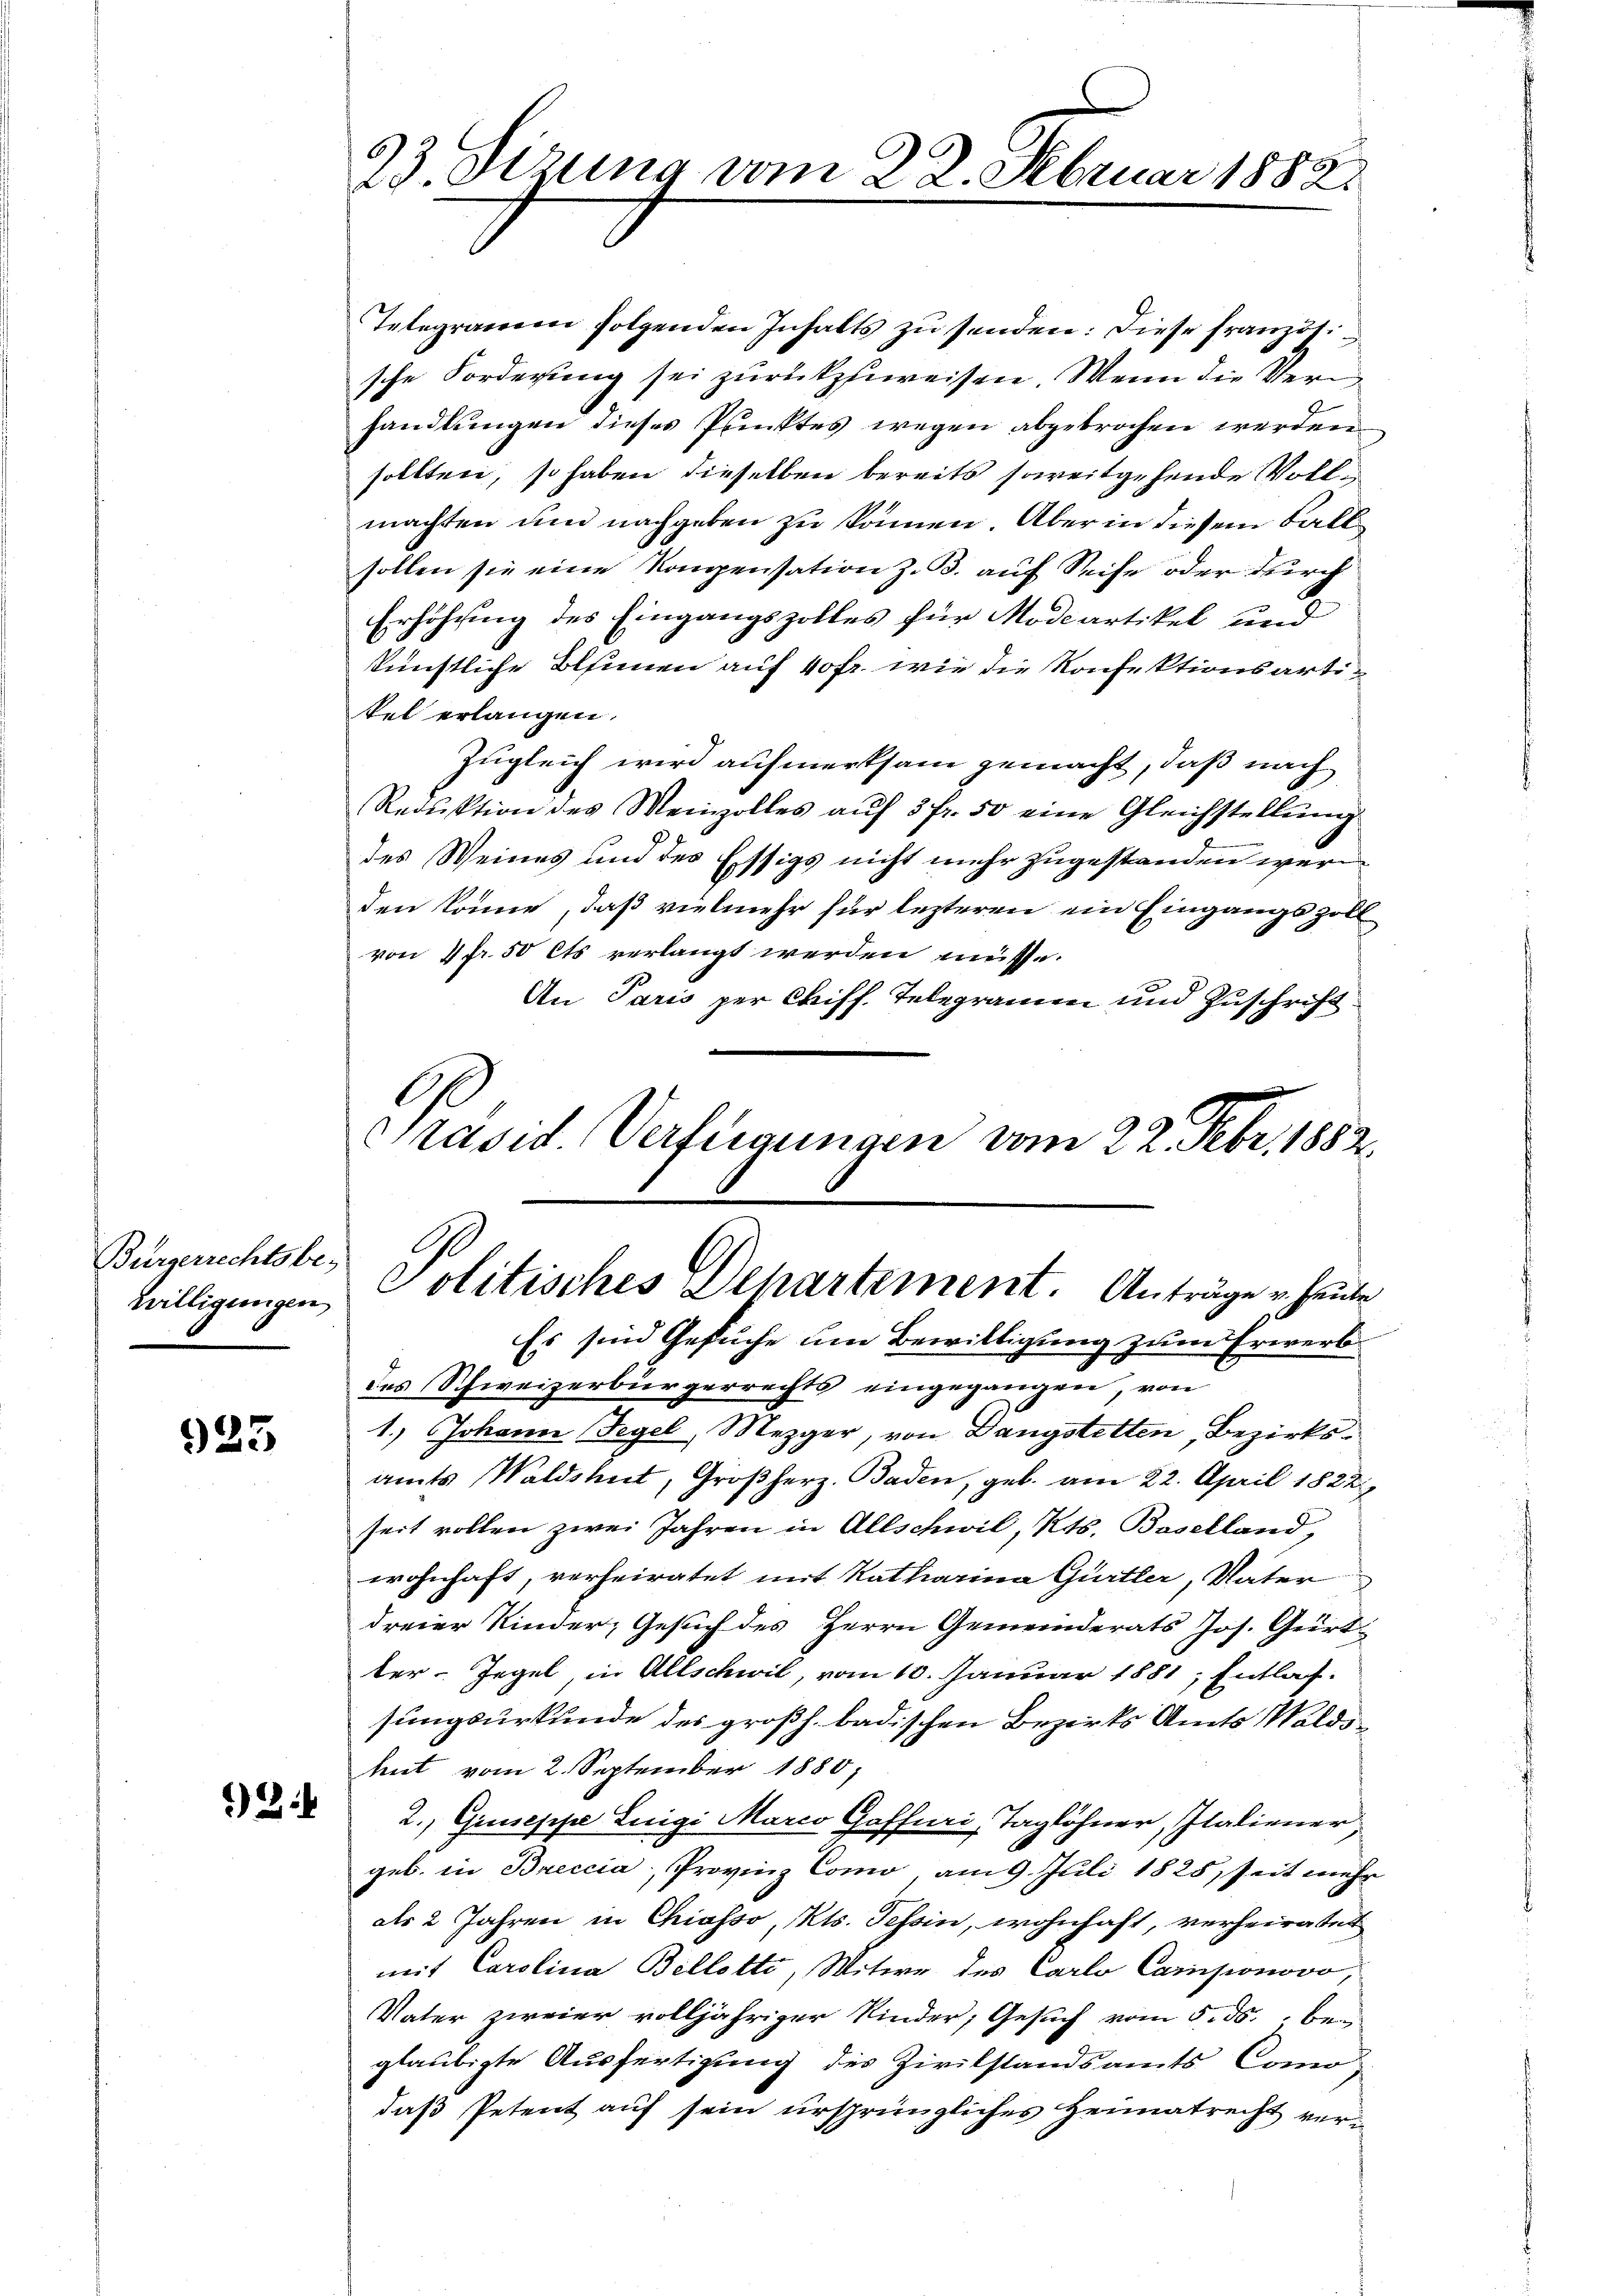
Bürgerrechtsbe¬

923

13.

23. Sizung vom 22. Februar 1882.

Telegramen folgenden Inhalts zu senden: Diese französische Forderung sei zurückzuweisen. Wenn die Verhandlungen dieses Punktes wegen abgebrochen werden
sollten, so haben dieselben bereits soweitgehende Vollmachten und nachgeben zu können. Aber in diesem Fall
sollen sie eine Kompensation z. B. auf Seife oder durch
Erhöhung des Eingangszolles für Modeartikel und
künstliche Blumen auf 40 fr. wie die Konfektionsartitel erlangen.
Zugleich wird aufmerksam gemacht, daß nach
Redŭktion des Meinzolles aŭf 3 fr. 50 eine Gleichstellŭng
des Weines und des Essigs nicht mehr zugestanden werden könne, daß vielmehr für lezteren ein Eingangszoll
von 4 fr. 50 Cts verlangt werden müsse.
An Paris per Chiff. Telegramm und Zuschrift
Präsid. Verfügungen vom 22. Febr. 1882

willigungen Politisches Departement. Anträge u. heute

Es sind Gesuche um Bewilligung zum Erwerbdes Schweizerbürgerrechts eingegangen, von
1.) Johann Tegel, Mezger, von Dangstelten, Bezirksamts Waldshut, Großherz. Baden, geb. am 22. April 1822,
seit vollen zwei Jahren in Allschwil, Kts. Baselland,
wohnhaft, verheiratet mit Katharina Gürtler, Vater
dreier Kinder, Gesuch des Herrn Gemeinderats Jos. Geirtter- Jegel, in Allschwil, vom 10. Januar 1881, Entlassungsurkunde des großh. badischen Bezirks Amts Waldshut vom 2. September 1880,
2., Giuseppe Luigi Marco Gaffuri, Taglöhner, Italiener,
geb. in Breccia, Provinz Como am 9. Juli 1828, seit mehr
als 2 Jahren in Chiasso, Kts. Tessin, wohnhaft, verheiratet
mit Carolina Belletti, Witwe des Carlo Camponovo,
Vater zweier volljähriger Kinder, Gesuch vom 5. ds. beglaubigte Ausfertigung des Zivilstandsamts Comodaß Petent auf sein ursprüngliches Heimatrecht ver¬